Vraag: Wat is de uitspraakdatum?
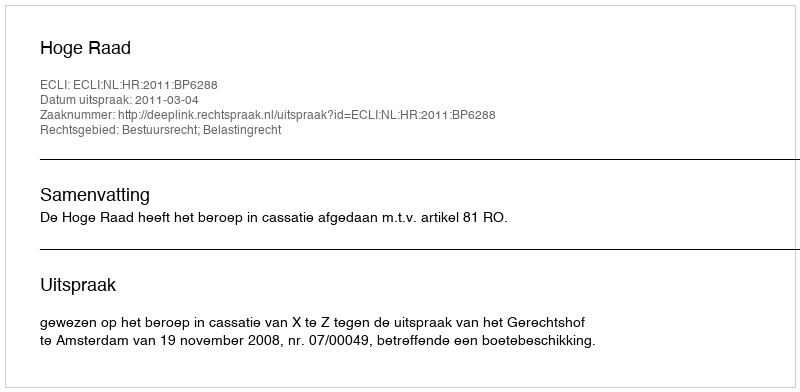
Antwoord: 2011-03-04